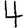
Digit: 4